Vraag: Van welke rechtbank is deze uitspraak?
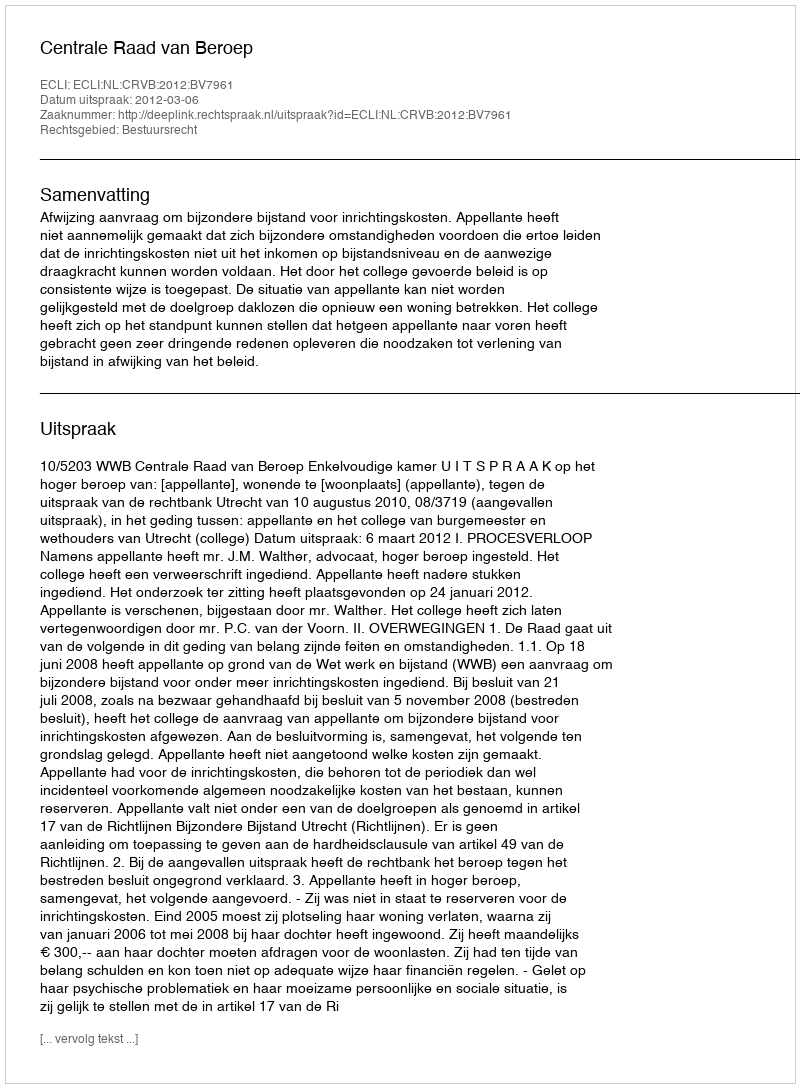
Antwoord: Centrale Raad van Beroep